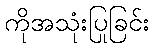
ကိုအသုံးပြုခြင်း